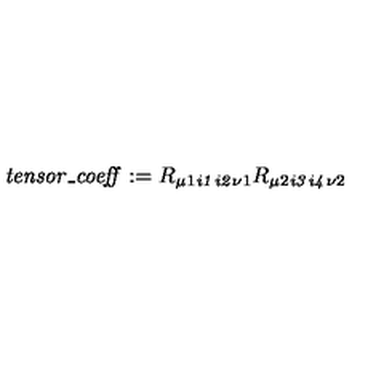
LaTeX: \mathit { t e n s o r \_ c o e f f } : = R { _ { \mu 1 } } { _ { \mathit { i 1 } } } { _ { \mathit { i 2 } } } { _ { \nu 1 } } R { _ { \mu 2 } } { _ { \mathit { i 3 } } } { _ { \mathit { i 4 } } } { _ { \nu 2 } }